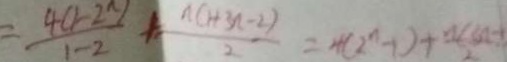
= \frac { 4 ( 1 - 2 ^ { n } ) } { 1 - 2 } + \frac { n ( 1 + 3 n - 2 ) } { 2 } = 4 ( 2 ^ { n } - 1 ) + \frac { n ( 3 n - 1 } { 2 }